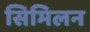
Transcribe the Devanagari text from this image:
सिमिलन